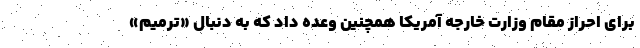
برای احراز مقام وزارت خارجه آمریکا همچنین وعده داد که به دنبال «ترمیم»